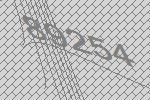
89254